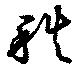
秩